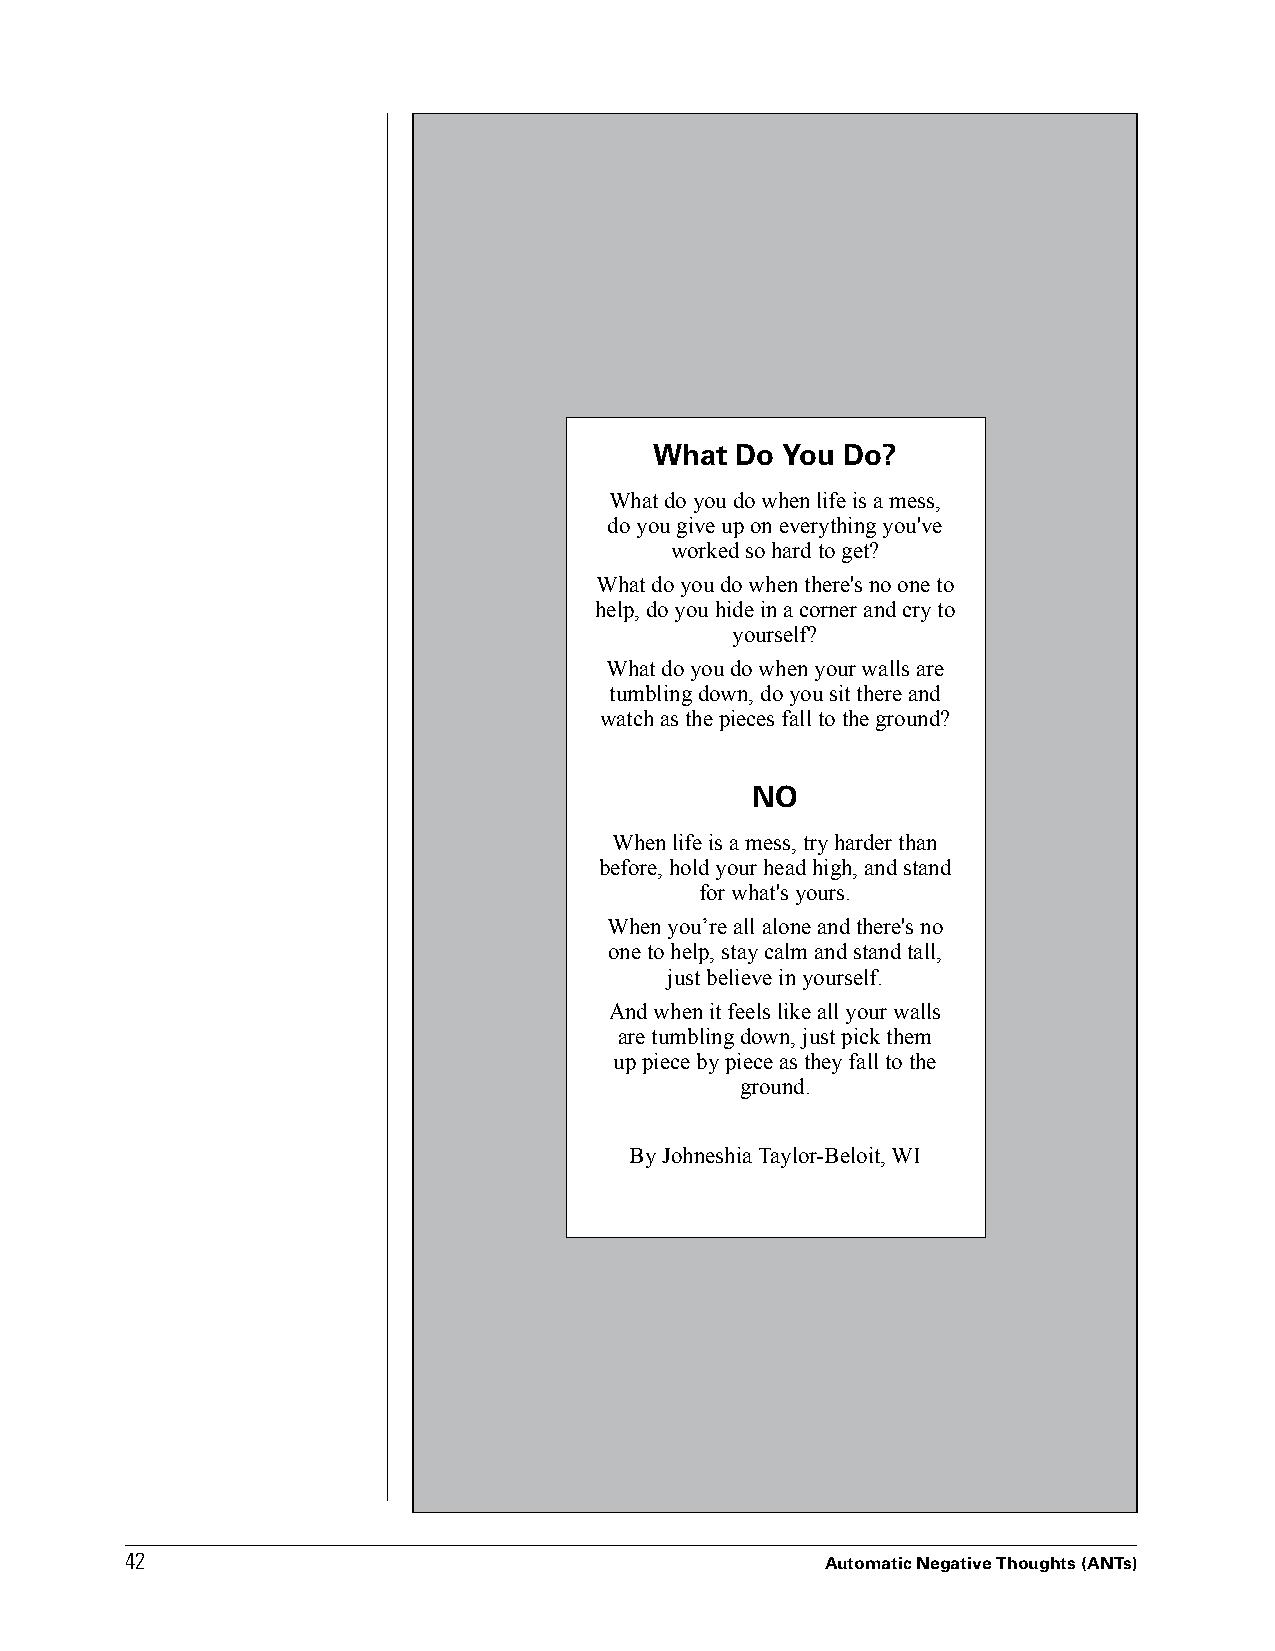
What  Do You Do?
 What do you do when life is a mess,
 do you give up on everything you've
 worked so hard to get?
 What do you do when there's no one to
 help, do you hide in a corner and cry to
 yourself?
 What do you do when your walls are
 tumbling down, do you sit there and
 watch as the pieces fall to the ground?
 NO
 When life is a mess, try harder than
 before, hold your head high, and stand
 for what's yours.
 When you’re all alone and there's no
 one to help, stay calm and stand tall,
 just believe in yourself.
 And when it feels like all your walls
 are tumbling down, just pick them
 up piece by piece as they fall to the
 ground.
 By Johneshia Taylor-Beloit, WI
 4422
 Automatic Negative Thoughts (ANTs)